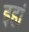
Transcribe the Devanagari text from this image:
इहां